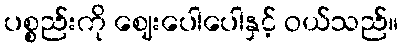
ပစ္စည်းကို ဈေးပေါပေါနှင့် ဝယ်သည်။